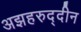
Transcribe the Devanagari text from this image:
अझहरुद्दीन